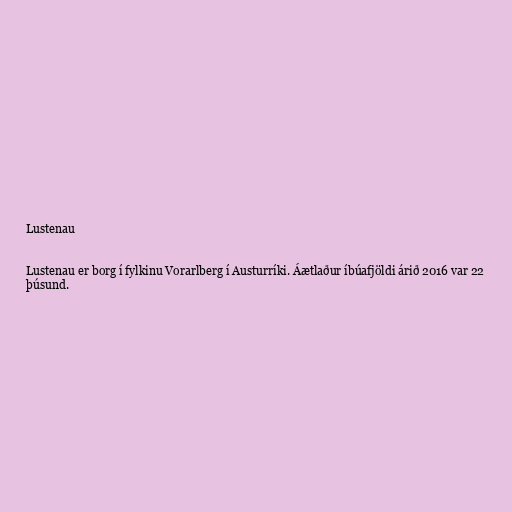
Lustenau

Lustenau er borg í fylkinu Vorarlberg í Austurríki. Áætlaður íbúafjöldi árið 2016 var 22
þúsund.